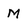
Character: M